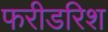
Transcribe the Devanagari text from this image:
फरीडरिश